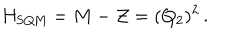
LaTeX: H _ { \mathrm { S Q M } } = M - { \cal Z } = ( Q _ { 2 } ) ^ { 2 } \, .